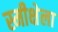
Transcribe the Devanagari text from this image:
स्मीक्षेला